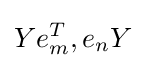
Ye_{m}^{T},e_{n}Y